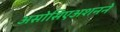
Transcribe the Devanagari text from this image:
असोसिएअशनने